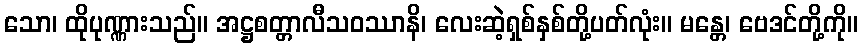
သော၊ ထိုပုဏ္ဏားသည်။ အဋ္ဌစတ္တာလီသဝဿာနိ၊ လေးဆဲ့ရှစ်နှစ်တို့ပတ်လုံး။ မန္တေ၊ ဗေဒင်တို့ကို။